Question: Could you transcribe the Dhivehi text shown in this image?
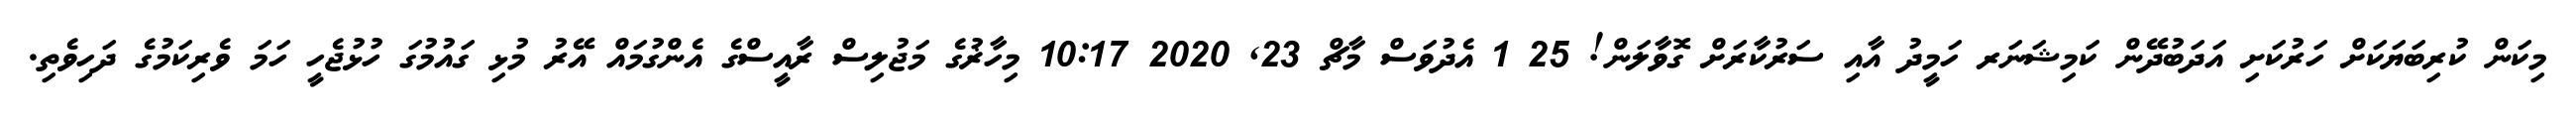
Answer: މިކަން ކުރިބަޔަކަށް ހަރުކަށި އަދަބުދޭން ކަމިޝަނަރ ހަމީދު އާއި ސަރުކާރަށް ގޮވާލަން! 25 1 އެދުވަސް މާޗް 23, 2020 10:17 މިހާޜުގެ މަޖުލިސް ރާއީސްގެ އެންގުމައް އޭރު މުޅި ގައުމުގަ ހުޅުޖެހީ ހަމަ ވެރިކަމުގެ ދަހިވެތި.